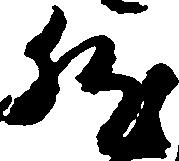
然